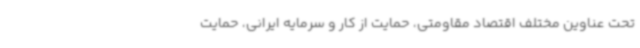
تحت عناوین مختلف اقتصاد مقاومتی، حمایت از کار و سرمایه ایرانی، حمایت